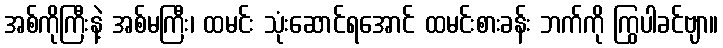
အစ်ကိုကြီးနဲ့ အစ်မကြီး၊ ထမင်း သုံးဆောင်ရအောင် ထမင်းစားခန်း ဘက်ကို ကြွပါခင်ဗျာ။